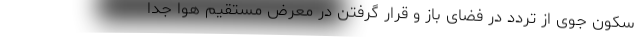
سکون جوی از تردد در فضای باز و قرار گرفتن در معرض مستقیم هوا جداً